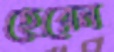
হেরেন